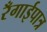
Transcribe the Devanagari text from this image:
रँगाईपात्र